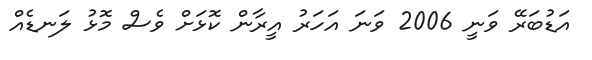
އަޑުބަރޭ ވަނީ 2006 ވަނަ އަހަރު އީރާން ކޮޅަށް ވެސް މޮޅު ލަނޑެއް